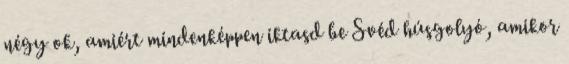
négy ok, amiért mindenképpen iktasd be Svéd húsgolyó, amikor